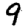
Digit: 9